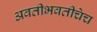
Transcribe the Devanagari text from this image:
अवतीभवतीचेच